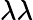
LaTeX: \lambda\lambda